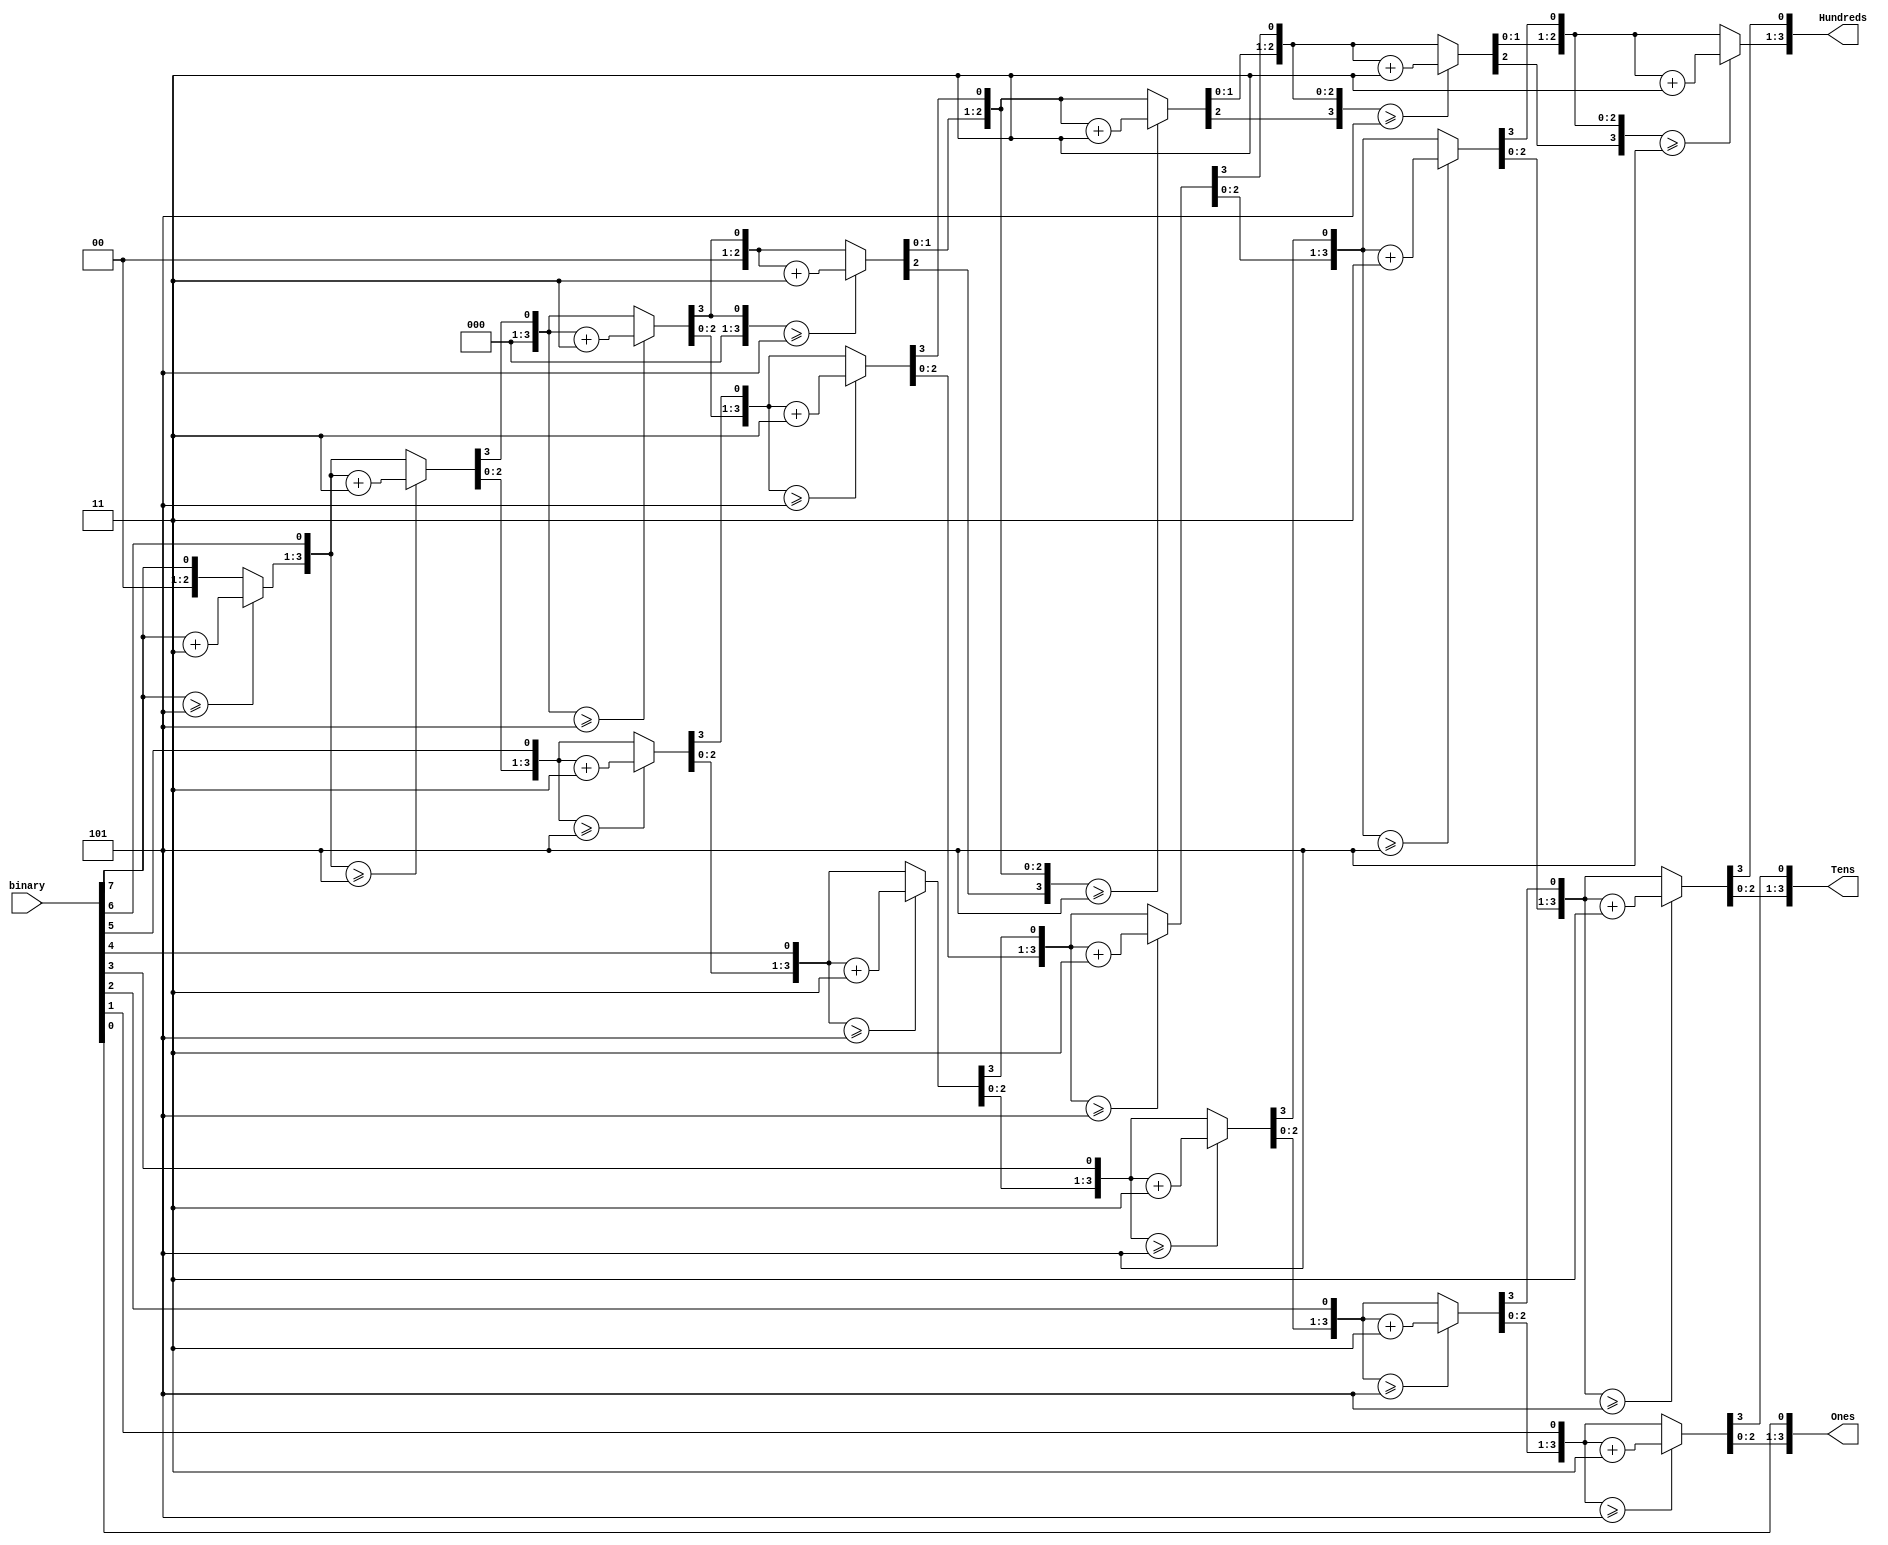
module Binary_to_BCD(
   input[7:0] binary,
   output reg[3:0] Hundreds,
   output reg[3:0] Tens,
   output reg[3:0] Ones
   );

integer i;
always@(binary) begin
    Hundreds = 4'd0;
    Tens = 4'd0;
    Ones = 4'd0;
    
    for(i=7;i>=0;i=i-1) begin
        if(Hundreds >= 5)
           Hundreds = Hundreds + 3;
        if(Tens >=5 )
            Tens = Tens + 3;
        if(Ones >= 5)
            Ones = Ones + 3;
        
        Hundreds = Hundreds<<1;
        Hundreds[0] = Tens[3];
        Tens = Tens<<1;
        Tens[0]=Ones[3];
        Ones = Ones<<1;
        Ones[0] = binary[i];
    end
end

endmodule